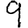
Digit: 9